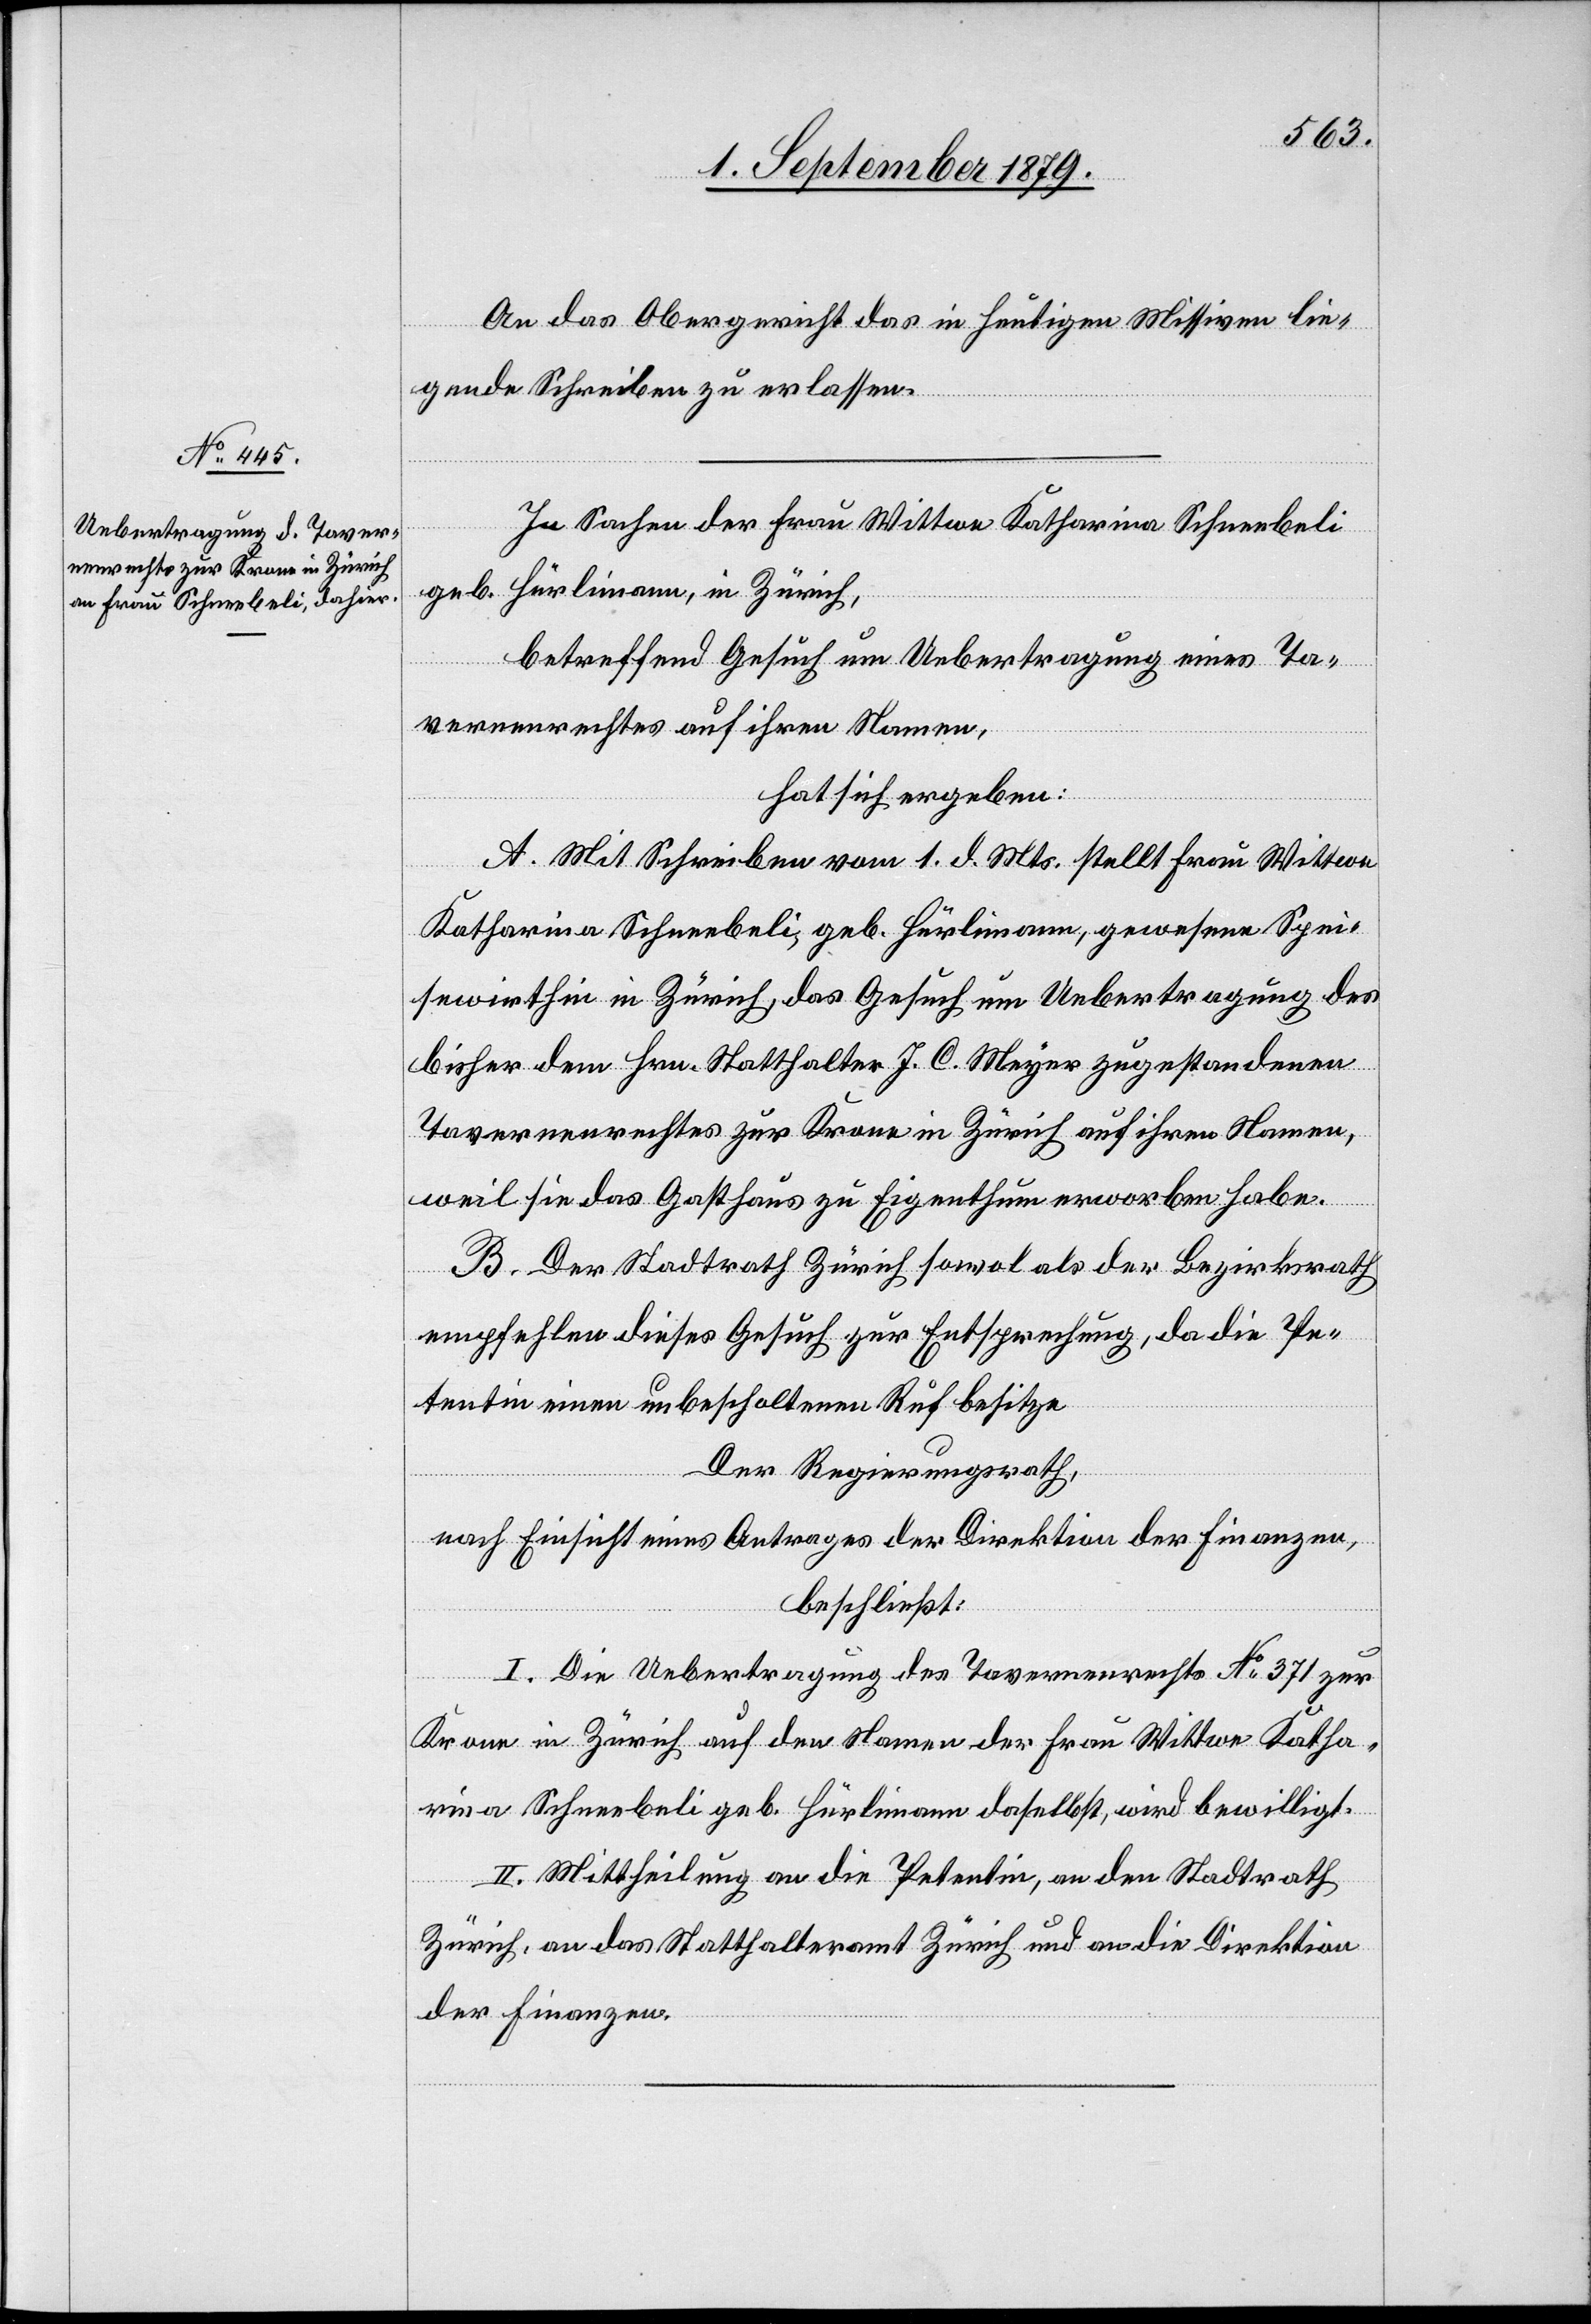
An das Obergericht das in heutigen Missiven lie¬
gende Schreiben zu erlassen.
In Sachen der Frau Wittwe Katharina Schneebeli
geb. Hürlimann, in Zürich,
betreffend Gesuch um Uebertragung eines Ta¬
vernenrechtes auf ihren Namen,
hat sich ergeben:
A. Mit Schreiben vom 1. d. Mts. stellt Frau Wittwe
Katharina Schneebeli, geb. Hürlimann, gewesene Spei¬
sewirthin in Zürich, das Gesuch um Uebertragung des
bisher dem Hrn. Statthalter J. C. Meyer zugestandenen
Tavernenrechtes zur Krone in Zürich auf ihren Namen,
weil sie das Gasthaus zu Eigenthum erworben habe.
B. Der Stadtrath Zürich sowol als der Bezirksrath
empfehlen dieses Gesuch zur Entsprechung, da die Pe¬
tentin einen unbescholtenen Ruf besitze.
Der Regierungsrath,
nach Einsicht eines Antrages der Direktion der Finanzen,
beschließt:
I. Die Uebertragung des Tavernenrechtes No 371 zur
Krone in Zürich auf den Namen der Frau Wittwe Katha¬
rina Schneebeli geb. Hürlimann daselbst, wird bewilligt.
II. Mittheilung an die Petentin, an den Stadtrath
Zürich, an das Statthalteramt Zürich und an die Direktion
der Finanzen.